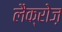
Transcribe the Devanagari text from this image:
लैक्रोज़